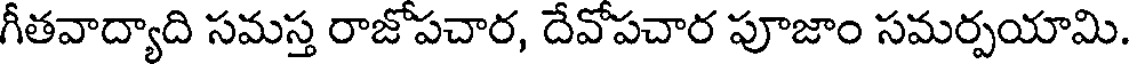
గీతవాద్యాది సమస్త రాజోపచార, దేవోపచార పూజాం సమర్పయామి.